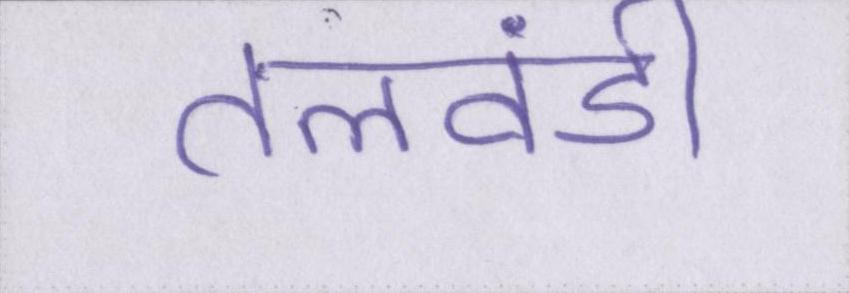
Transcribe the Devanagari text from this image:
तलवंडी